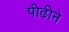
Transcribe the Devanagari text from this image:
पीढीने